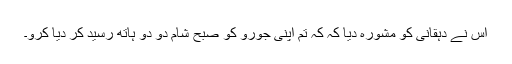
اُس نے دہقانی کو مشورہ دیا کہ کہ تُم اپنی جورو کو صبح شام دو دو ہاتھ رسید کر دیا کرو۔